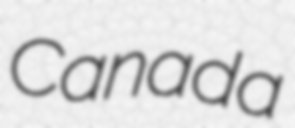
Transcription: Canada